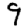
Digit: 9